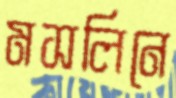
মসলিনে